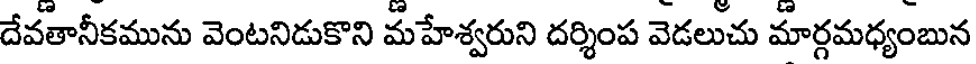
దేవతానీకమును వెంటనిడుకొని మహేశ్వరుని దర్శింప వెడలుచు మార్గమధ్యంబున